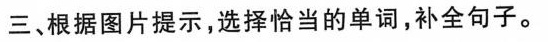
三、根据图片提示,选择恰当的单词,补全句子。